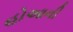
હોઆની